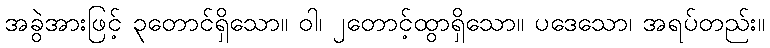
အခွဲအားဖြင့် ၃တောင်ရှိသော။ ဝါ၊ ၂တောင့်ထွာရှိသော။ ပဒေသော၊ အရပ်တည်း။